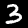
Digit: 3